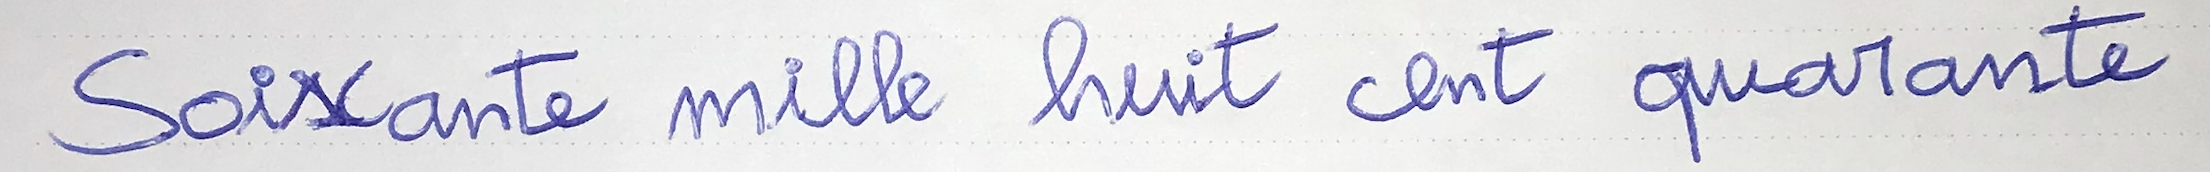
Soixante mille huit cent quarante